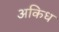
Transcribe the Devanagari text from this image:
अकिध